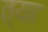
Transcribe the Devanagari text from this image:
त्या